system: You are a helpful assistant.
user:
Analyze the provided spectrum to determine if it is a **S-type Star**.

- **Key Indicators for S-type Star:**

    - **(Overall Spectrum Shape):** The first and most obvious characteristic is the overall continuum (the "baseline" shape). It is **extremely "red-sloping,"** meaning the flux (light intensity) is very low on the left side (blue, ~4000-4500 Å) and rises steeply and continuously toward the right side (red, ~7000 Å+).

    - **(Primary):** The spectrum is defined by the presence of strong, broad molecular absorption "valleys" (bands) from **Zirconium Oxide (ZrO)**. The identification of these bands is the **primary requirement** for classifying a star as S-type.
        - **(Key Bandheads):** You must find distinct, deep "dips" where the light has been absorbed. The most critical band systems to locate are:
            - **~6474 Å** ($\gamma$-system): This is often the strongest and clearest ZrO feature, found in the red part of the spectrum.
            - **~5718 Å** & **~5551 Å** ($\beta$-system): A pair of prominent absorption features in the yellow-orange part of the spectrum.
            - **~4640 Å** ($\alpha$-system): A key absorption band system in the blue-green region of the spectrum.

    - **(Secondary Confirmation):** The classification is strengthened by finding additional absorption bands from other related heavy element oxides, which are expected to be present alongside ZrO.
        - **(Key Bandheads):**
            - **Yttrium Oxide (YO):** Look for absorption dips near **~4800 Å** and **~6100 Å**.
            - **Lanthanum Oxide (LaO):** Additional absorption features, particularly in the red-orange part of the spectrum, are also characteristic.

    - **(Line Profile):** The combination of the steep red continuum and these numerous, deep molecular bands (ZrO, YO, etc.) gives the entire spectrum a very **"chopped-up"** or **"bumpy"** appearance. Instead of a smooth curve, the spectrum looks as though large, wide chunks of light have been "carved out" of it at the specific wavelengths listed above.

Think first, call **spectral_visualization_tool** if needed to examine features in detail, then provide your final answer. Your response must adhere to the following strict rules:
1.  **Overall Structure:** Your response must follow the format `<think>...</think> <tool_call>...</tool_call> (if a tool is used) <answer>...</answer>`.
2.  **Tool Usage Constraint:** You may only make **one** tool call per turn.
3.  **Final Answer Format:** In the `<answer>` tag, your conclusion must be inside a `\boxed{}` command (e.g., `\boxed{YES}` or `\boxed{NO}`), followed by your justification.

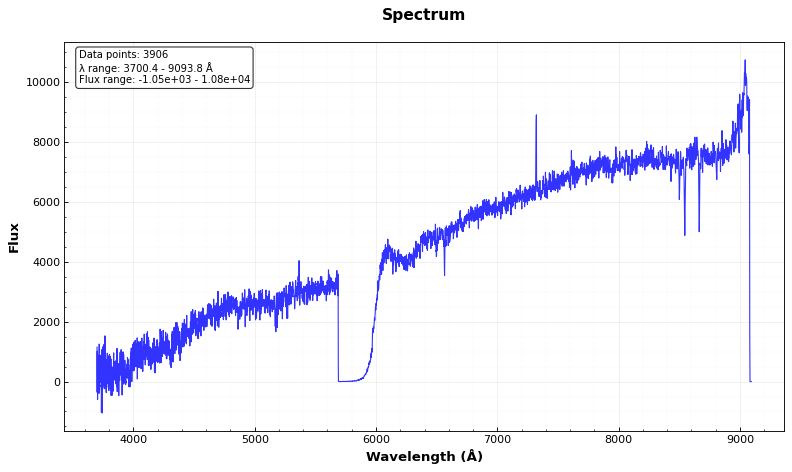
Answer: NO